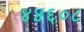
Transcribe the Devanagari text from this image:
४४६०८